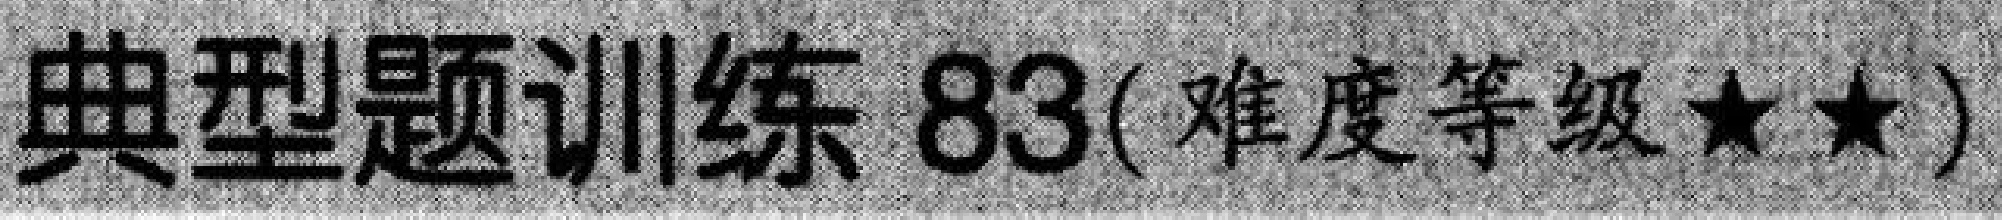
典型题训练 83(难度等级$\star\star$)